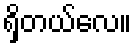
ရှိတယ်လေ။